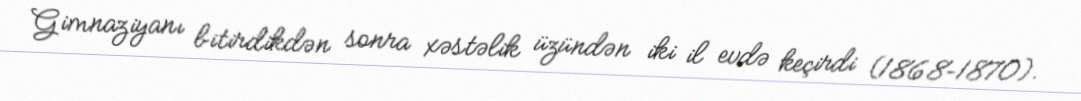
Gimnaziyanı bitirdikdən sonra xəstəlik üzündən iki il evdə keçirdi (1868–1870).